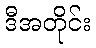
ဒီအတိုင်း